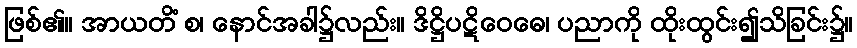
ဖြစ်၏။ အာယတိံ စ၊ နောင်အခါ၌လည်း။ ဒိဋ္ဌိပဋိဝေဓေ၊ ပညာကို ထိုးထွင်း၍သိခြင်း၌။